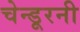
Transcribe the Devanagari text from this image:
चेन्डूरनी